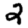
Digit: 2